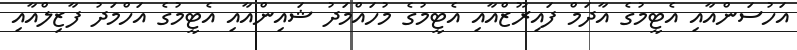
އަހުސަންއާއި އެޓީމުގެ އާދަމް ފައިރޫޒްއާއި އެޓީމުގެ މުހައްމަދު ޝައިންއާއި އެޓީމުގެ އަހްމަދު ފާޒިލްއާއި